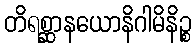
တိရစ္ဆာနယောနိဂါမိနိဉ္စ